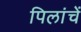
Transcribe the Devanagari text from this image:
पिलांचें